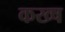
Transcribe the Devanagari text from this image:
कख्ष